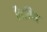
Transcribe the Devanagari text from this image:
हैरमिन